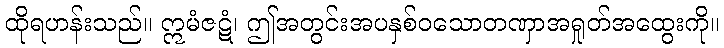
ထိုရဟန်းသည်။ ဣမံဇဋံ၊ ဤအတွင်းအပနှစ်ဝသောတဏှာအရှုတ်အထွေးကို။